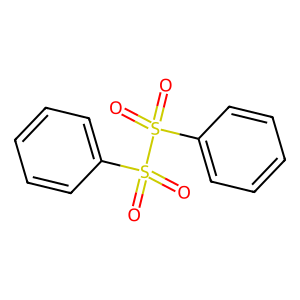
SMILES: O=S(=O)(c1ccccc1)S(=O)(=O)c1ccccc1
Inhibits HIV replication: No